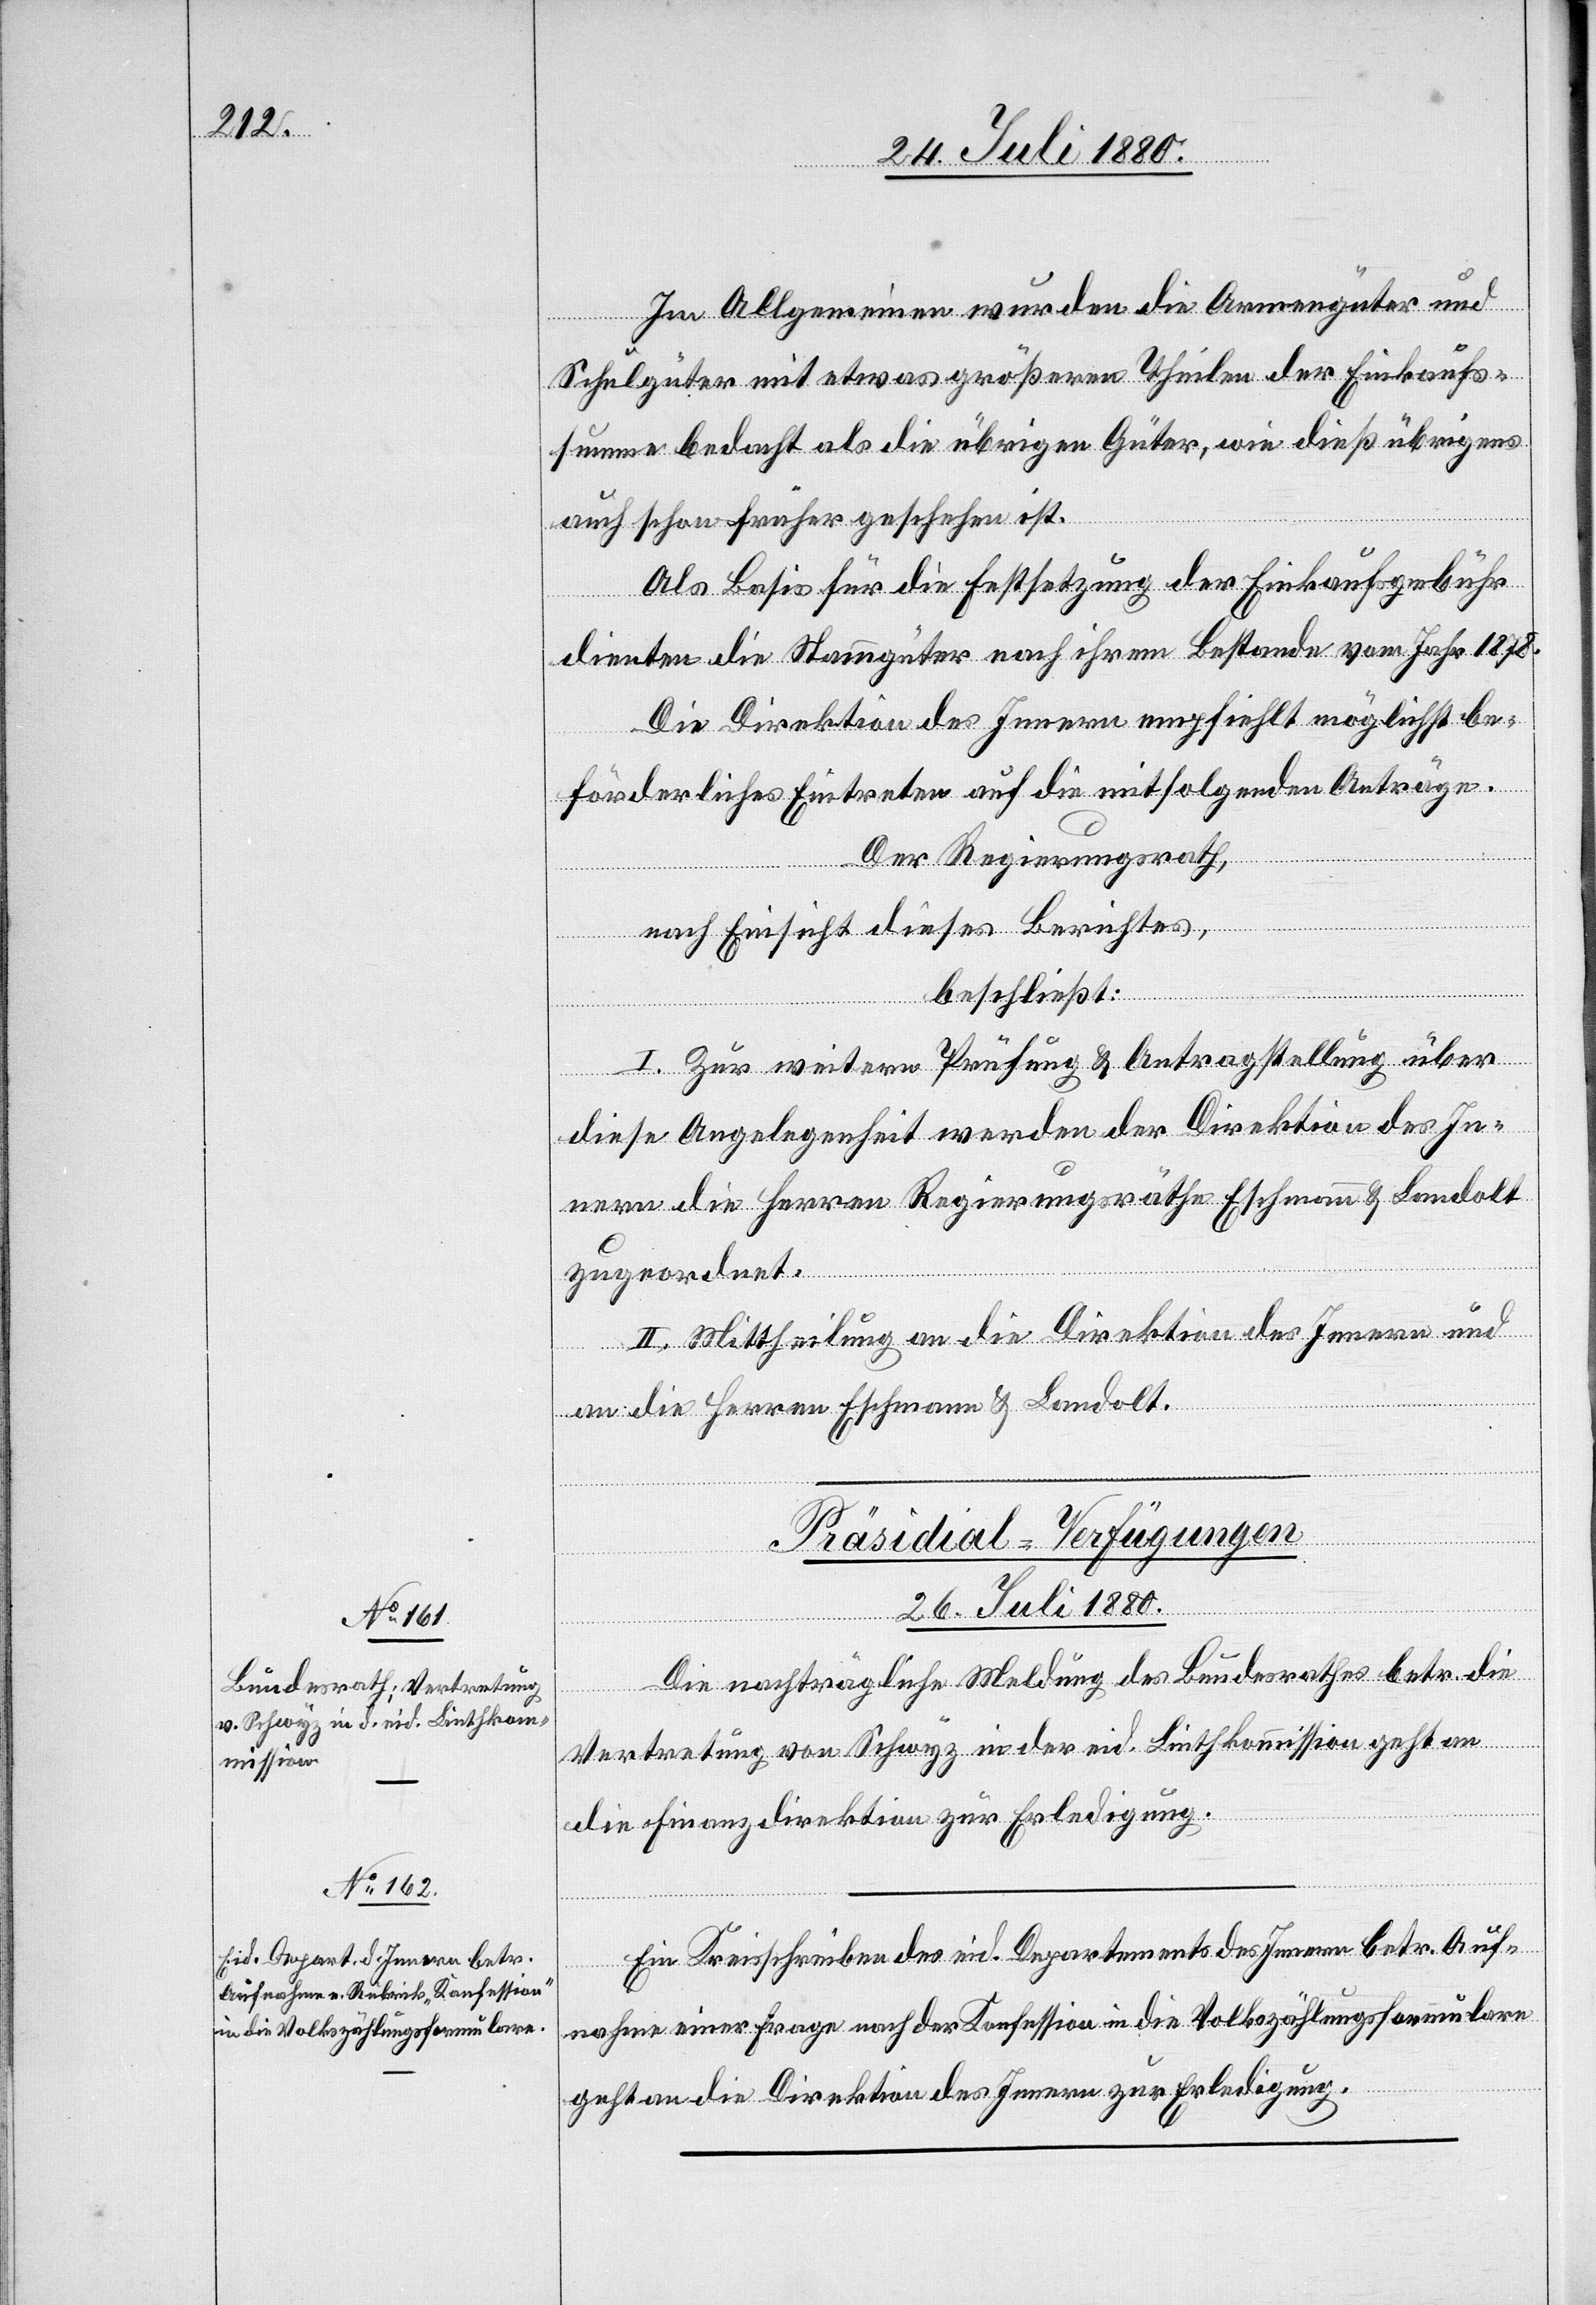
Im Allgemeinen wurden die Armengüter und
Schulgüter mit etwas größeren Theilen der Einkaufs¬
summe bedacht als die übrigen Güter, wie dieß übrigens
auch schon früher geschehen ist.
Als Basis für die Festsetzung der Einkaufsgebühr
dienten die Stammgüter nach ihrem Bestande vom Jahr 1878.
Die Direktion des Innern empfiehlt möglichst be¬
förderliches Eintreten auf die mitfolgenden Anträge.
Der Regierungsrath,
nach Einsicht dieses Berichtes,
beschließt:
I. Zur weitern Prüfung & Antragstellung über
diese Angelegenheit werden der Direktion des In¬
nern die Herren Regierungsräthe Eschmann & Landolt
zugeordnet.
II. Mittheilung an die Direktion des Innern und
an die Herren Eschmann & Landolt.
[Präsidial-Verfügungen
26. Juli 1880.]
Die nachträgliche Meldung des Bundesrathes betr. die
Vertretung von Schwyz in der eid. Linthkommission geht an
die Finanzdirektion zur Erledigung.
Ein Kreisschreiben des eid. Departements des Innern betr. Auf¬
nahme einer Frage nach der Konfession in die Volkszählungsformulare
geht an die Direktion des Innern zur Erledigung.